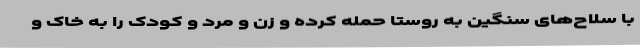
با سلاح‌های سنگین به روستا حمله کرده و زن و مرد و کودک را به خاک و